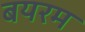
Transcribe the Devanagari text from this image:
बयरम